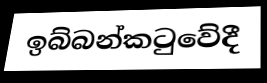
ඉබ්බන්කටුවේදී